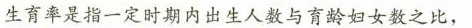
生育率是指一定时期内出生人数与育龄妇女数之比，